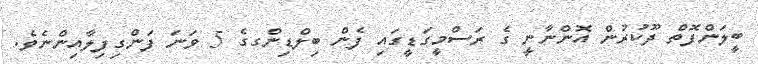
ބީލަންފޮތް ދޫކުރުން އޮންނާނީ ގެ ރަސްމީގަޑީގައި ފެން ބިލްޑިންގގެ 5 ވަނަ ފަންގިފިލާއިންނެވެ.